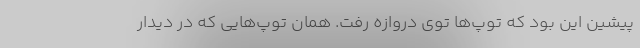
پیشین این بود که توپ‌ها توی دروازه رفت. همان توپ‌هایی که در دیدار